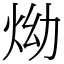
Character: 㶭